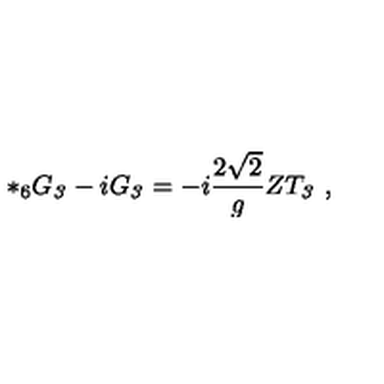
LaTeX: * _ { 6 } G _ { \it 3 } - i G _ { \it 3 } = - i \frac { 2 \sqrt { 2 } } { g } Z T _ { \it 3 } \ ,